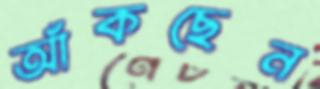
আঁকছেন